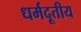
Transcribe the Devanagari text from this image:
धर्मदूतीय